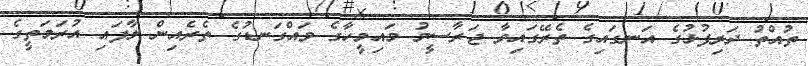
ތުއްތު ދަރިފުޅުގެ އަނގައިގެ ތެރޭގައިވާ ޖަރާސީމު މައިމީހާގެ ވައްގަނޑުގެ ތެރެއިން ލާފައި އުރަމަތީގެ